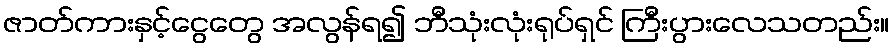
ဇာတ်ကားနှင့်ငွေတွေ အလွန်ရ၍ ဘီသုံးလုံးရုပ်ရှင် ကြီးပွားလေသတည်း။